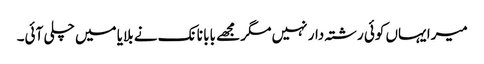
میرا یہاں کوئی رشتہ دار نہیں مگر مجھے بابا نانک نے بلایا میں چلی آئی۔